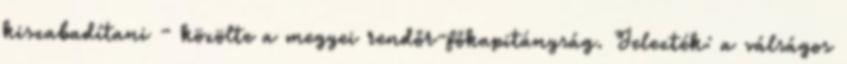
kiszabadítani - közölte a megyei rendőr-főkapitányság. Jelezték: a válságos